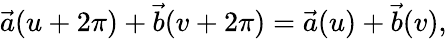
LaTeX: \vec{a}(u+2\pi)+\vec{b}(v+2\pi)=\vec{a}(u)+\vec{b}(v),